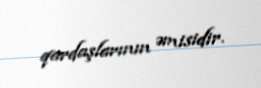
qardaşlarının əmisidir.